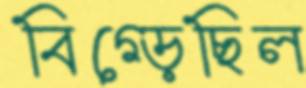
বিগ্‌ড়েছিল